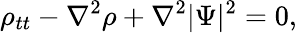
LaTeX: \rho_{tt}-\nabla^{2}\rho+\nabla^{2}|\Psi|^{2}=0,